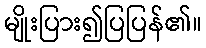
မျိုးပြား၍ပြပြန်၏။